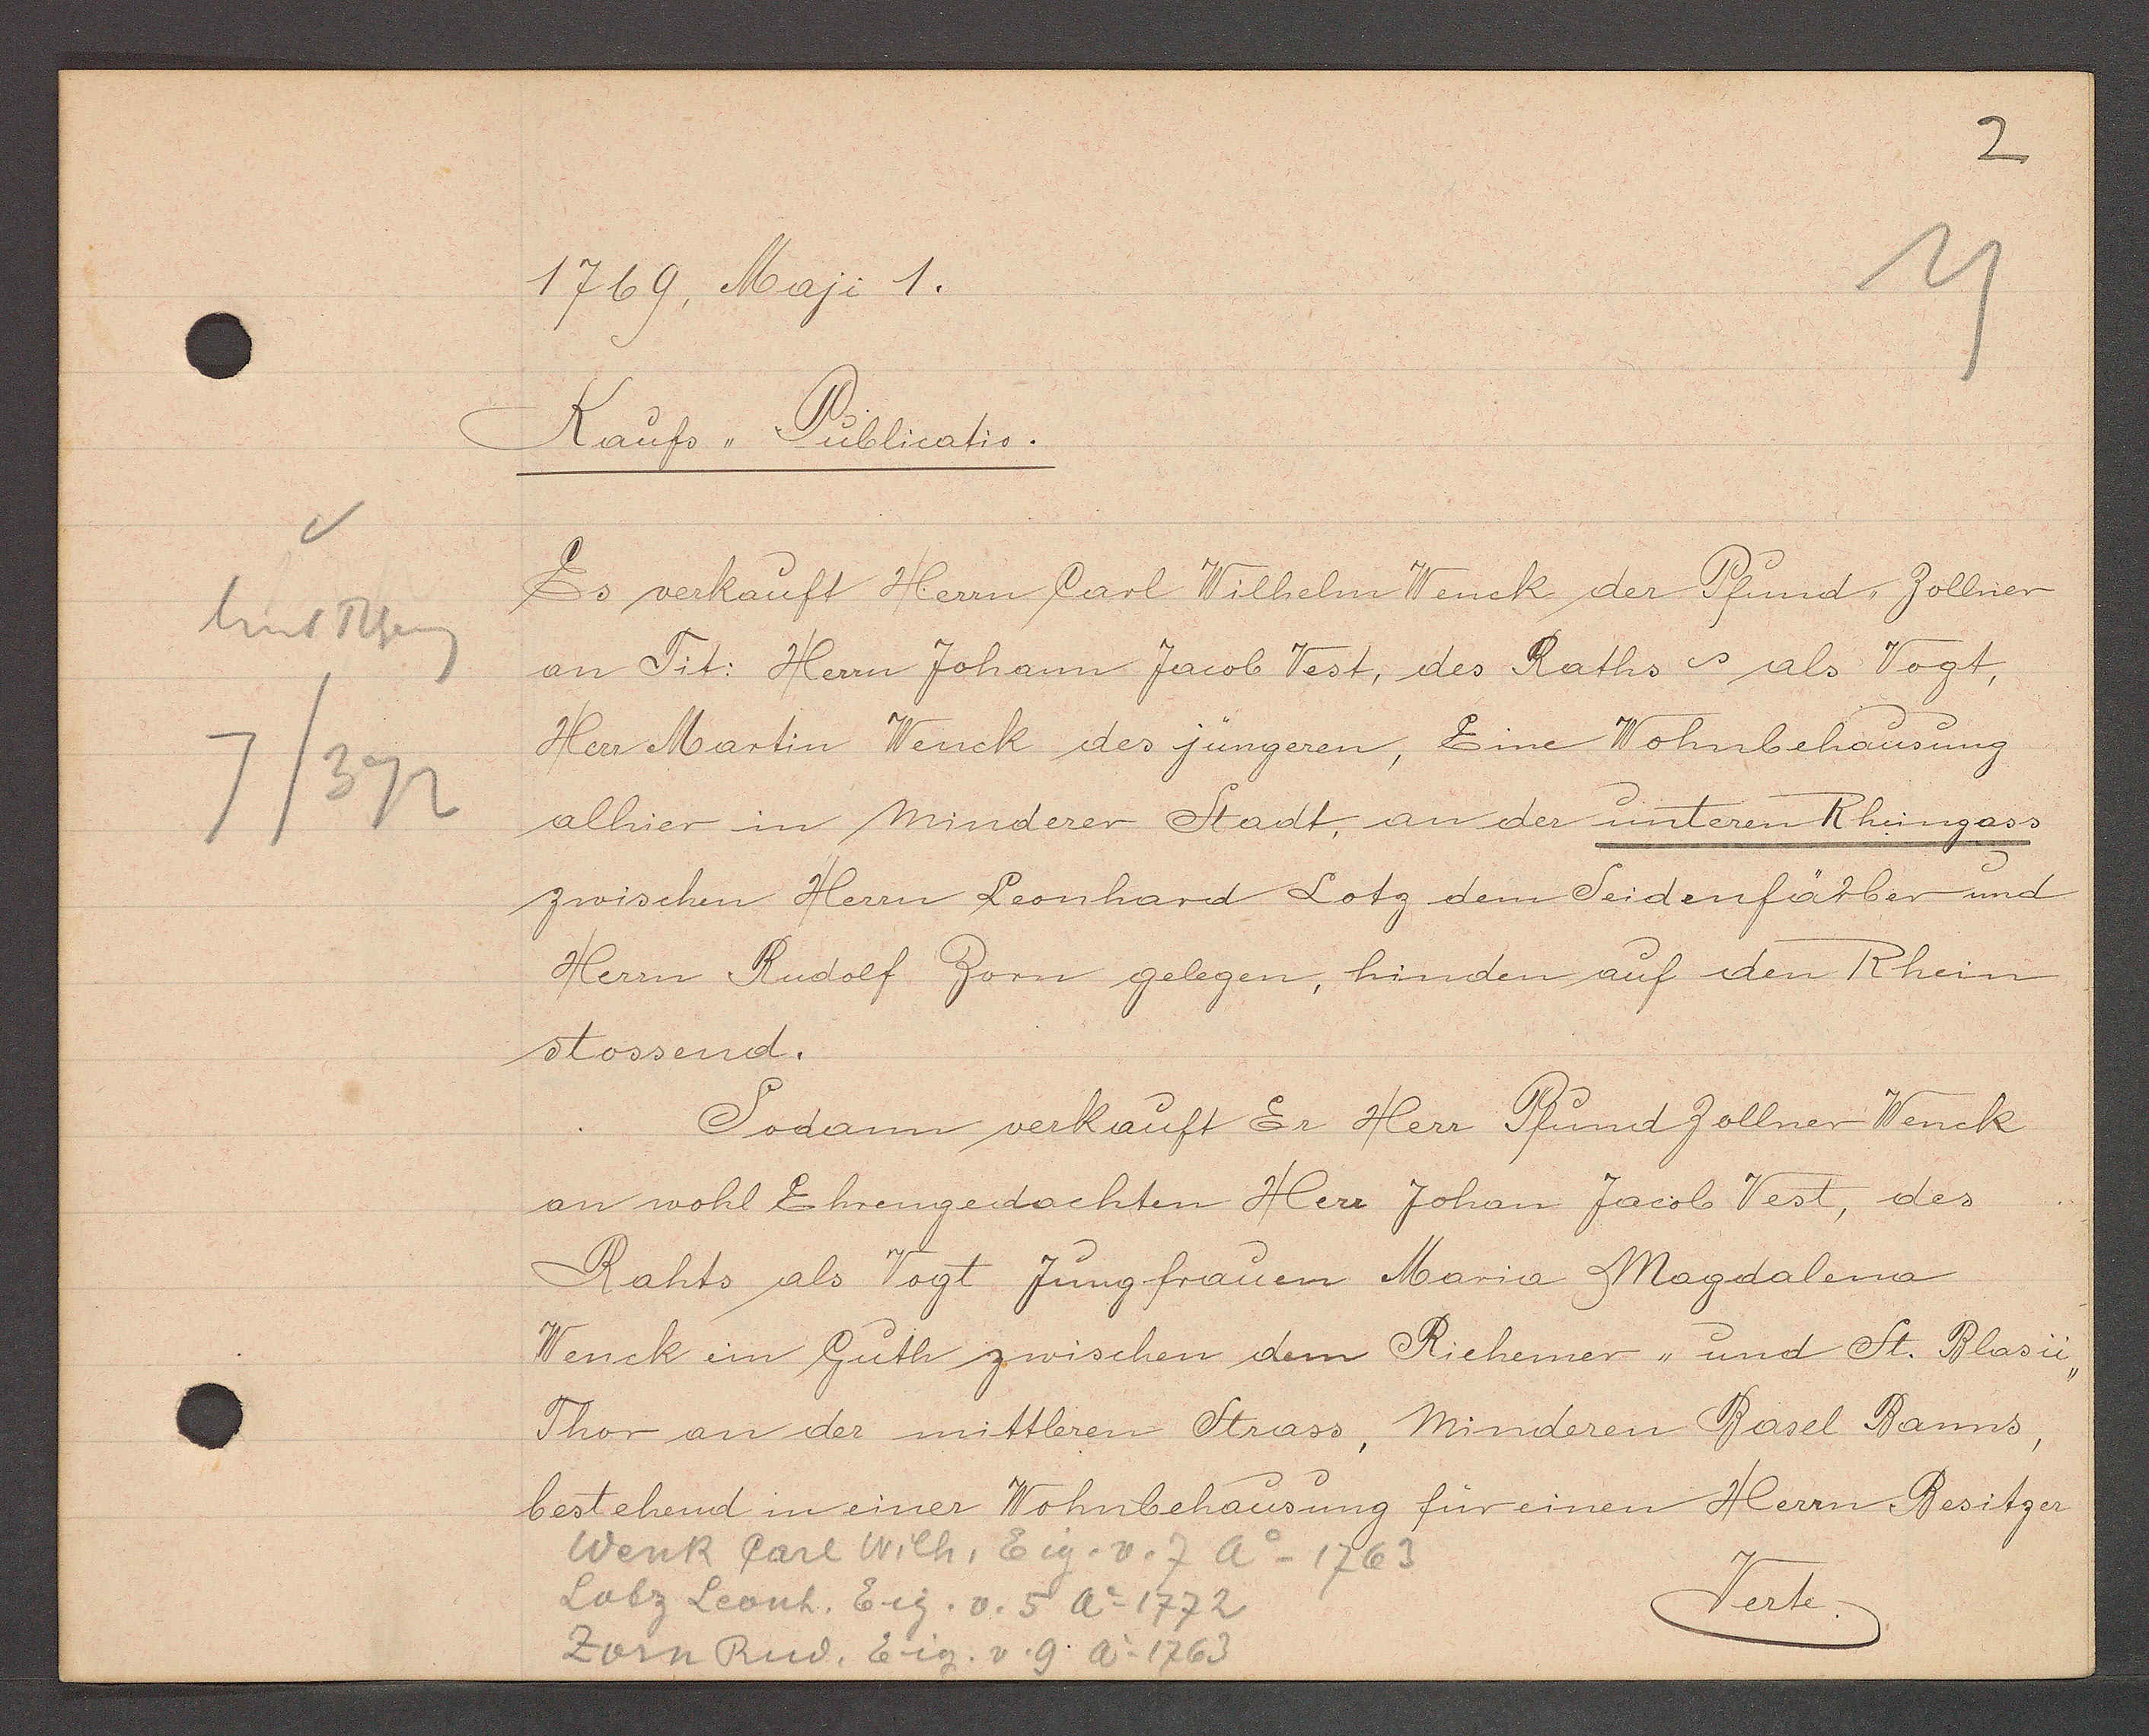
Transcript:
hint Rheing
7/372

1769, Maji 1.

Kaufs,, Publicatio.
Es verkauft Herrn Carl Wilhelm Wenck der Pfund Zollner
an Tit: Herrn Johann Jacob Vest, des Raths als Vogt,
Herr Martin Wenck des jüngeren, Eine Wohnbehausung
alhier in minderer Stadt, an der unteren Rheingass
zwischen Herrn Leonhard Lotz dem Seidenfärber und
Herrn Rudolf Zorn gelegen, hinden auf den Rhein
stossend.
Sodann verkauft Er Herr Pfund Zollner Wenck
an wohl Ehrengedachten Herr Johan Jacob Vest, des
Rahts als Vogt Jungfrauen Maria Magdalena
Wenck im Guth zwischen dem Riehemer, und St. Blasii
Thor an der mittleren Strass, Minderen Basel Banns,
bestehend in einer Wohnbehausung für einen Herrn Besitzer
Verte.

Wenk Carl Wilh, Eig. v. 7 Ao 1763
Zorn Rud. Eig v. 9. Ao 1763
Latz Leonh. Eig. v. 5 Ao 1772